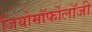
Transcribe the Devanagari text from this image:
जियोमॉर्फोलॉजी